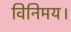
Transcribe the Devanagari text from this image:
विनिमय।